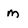
Character: m